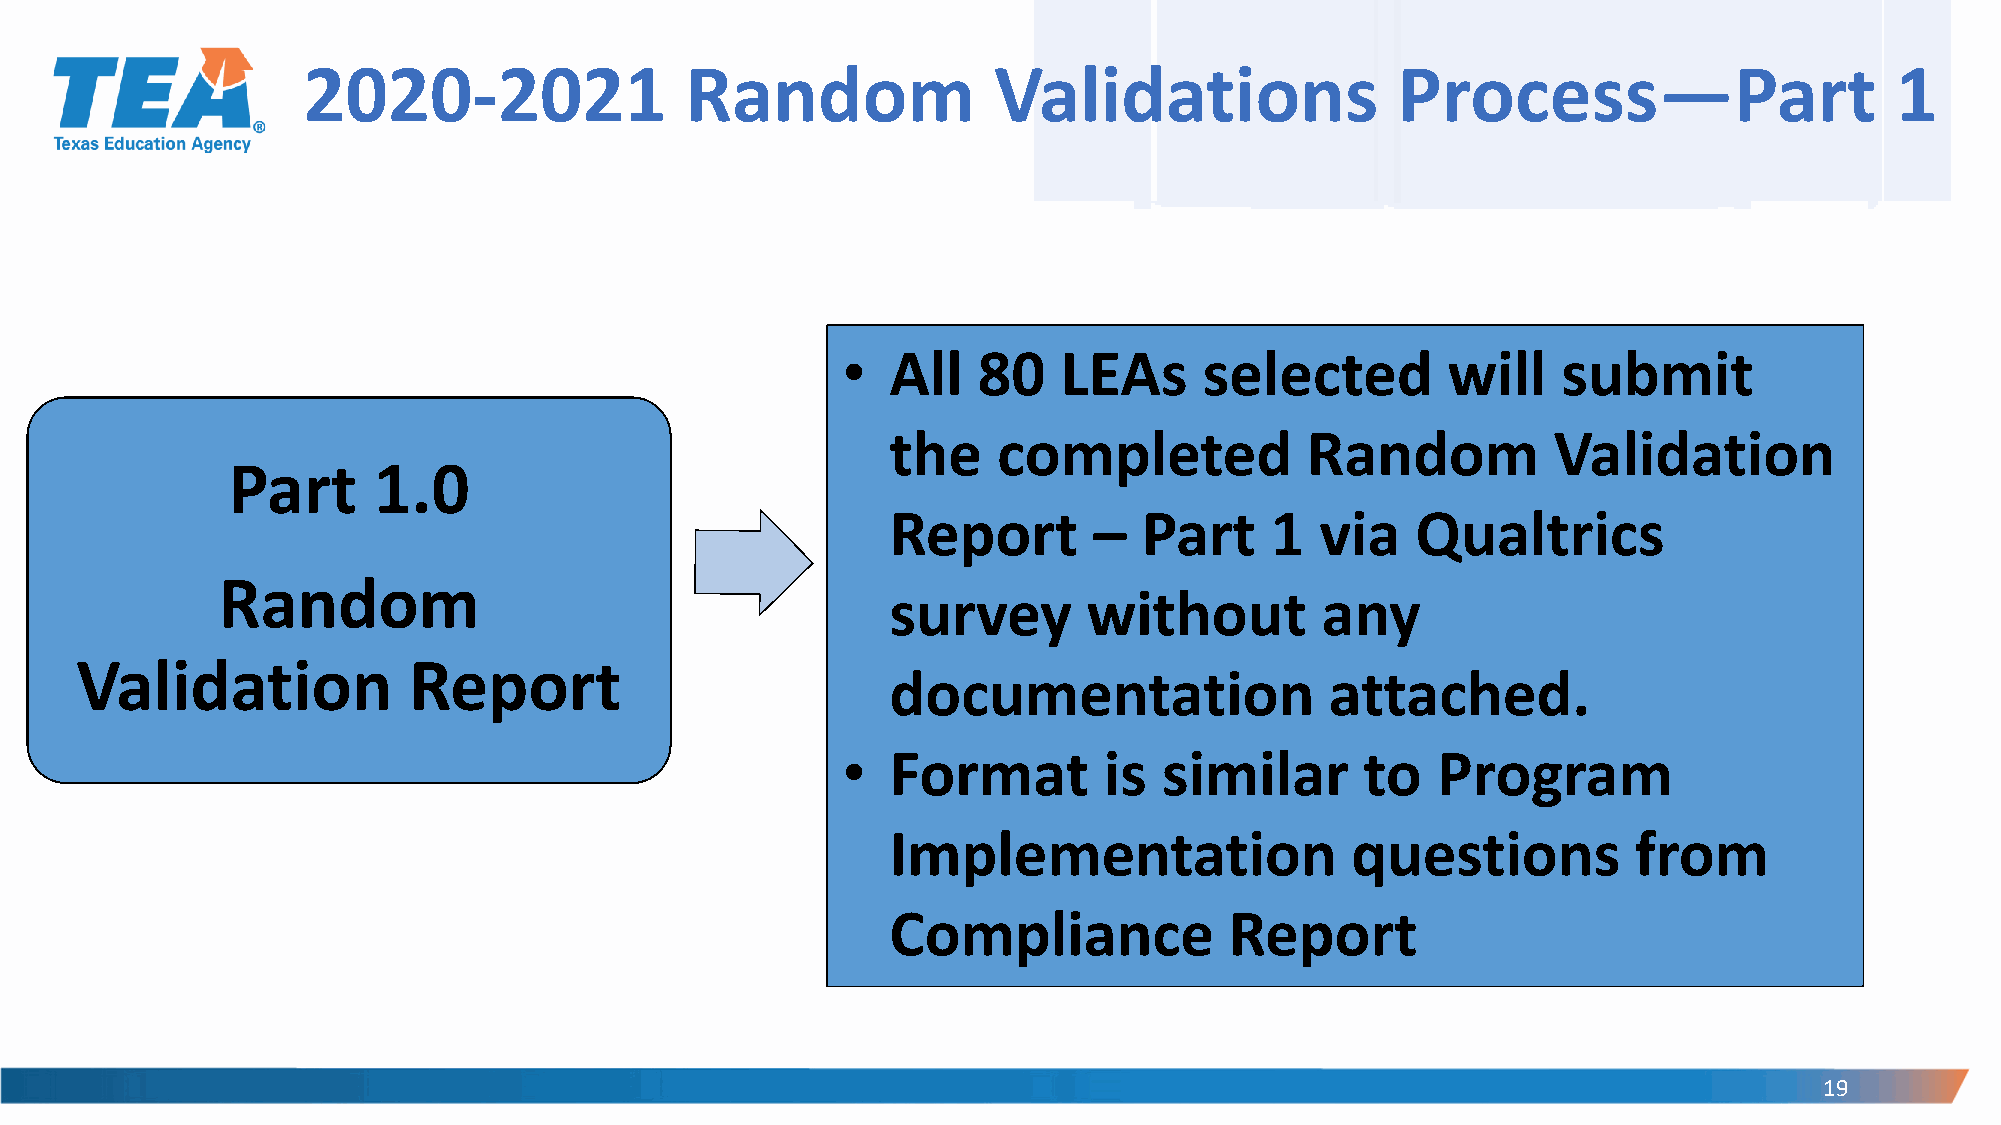
2020-2021                Random               Validations               Process—Part                     1
 •  All   80   LEAs      selected        will   submit
 the    completed           Random           Validation
 Part      1.0
 Report       –   Part    1  via    Qualtrics
 Random
 survey       without        any
 Validation            Report
 documentation                attached.
 •  Format        is  similar      to   Program
 Implementation                questions          from
 Compliance            Report
 19